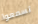
تسمعوا